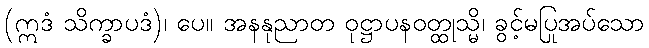
(ဣဒံ သိက္ခာပဒံ)၊ ပေ။ အနနုညာတ ဝုဋ္ဌာပနဝတ္ထုသ္မိ၊ ခွင့်မပြုအပ်သော